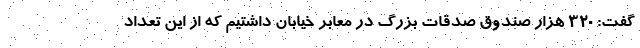
گفت: ۳۲۰ هزار صندوق صدقات بزرگ در معابر خیابان داشتیم که از این تعداد